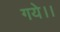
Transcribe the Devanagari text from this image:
गये।।